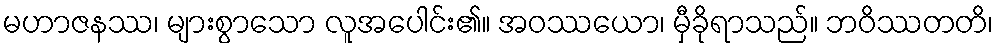
မဟာဇနဿ၊ များစွာသော လူအပေါင်း၏။ အဝဿယော၊ မှီခိုရာသည်။ ဘဝိဿတတိ၊